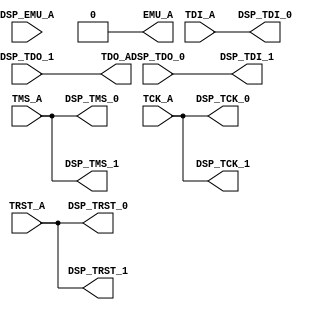
`timescale 1ns / 1ps
//////////////////////////////////////////////////////////////////////////////////
// Company: 		IDlab
// Module Name:   dsp_jtag
// Project Name:  DSP_cPCI_revB DSP booting
// Revision 0.01 - File Created
//////////////////////////////////////////////////////////////////////////////////
module dsp_jtag(
		
	 input DSP_EMU_A,   //emulator signal, it is the signal from DSP to FPGA	  
    input TMS_A,		//the signal that controls the TAP controller
    input TCK_A,		//JTAG clock signal
    input TDI_A,		//data in
    output  TDO_A,		//data out
	 //EMULATOR
    output   EMU_A,		//emulator signal from DSP to FPGA and from FPGA to JTAG
   
	
`ifndef TEST_CHOISE_II 
	 //FPGA-DSP CONNECTION ON DSP0
    output  DSP_TDI_0,
    output  DSP_TMS_0,
    output  DSP_TCK_0,
    input  DSP_TDO_0,
    //output DSP_SLEEP_0,
    output  DSP_TRST_0,  //JTAG reset to dsp0
`endif
	 
`ifndef TEST_CHOISE_I	
	//FPGA-DSP CONNECTION ON DSP1
    output  DSP_TDI_1,
    output  DSP_TMS_1,
    output  DSP_TCK_1,
    input  DSP_TDO_1,
    //output DSP_SLEEP_1,
    output  DSP_TRST_1,	//JTAG reset to dsp1
`endif
	input TRST_A		//JTAG reset signal

    );
	 
	
	assign EMU_A = 1'b0;			//change FPGA code and tie the EMU signal that goes to the JTAG header to the GND 
	assign DSP_TMS_0 = TMS_A;
	assign DSP_TCK_0 = TCK_A;
	assign DSP_TMS_1 = TMS_A;
	assign DSP_TCK_1 = TCK_A;
	assign DSP_TDI_0 = TDI_A;
	assign DSP_TDI_1 = DSP_TDO_0;    //DSP0'a output is the input of dsp1
	assign TDO_A = DSP_TDO_1;			//dsp1's output is sent to jtag through fpga
	assign DSP_TRST_0 = TRST_A;
	assign DSP_TRST_1 = TRST_A;

endmodule